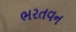
ભરતવન